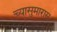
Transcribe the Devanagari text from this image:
च्यासुमारास